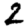
Digit: 2